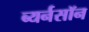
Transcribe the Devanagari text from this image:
ब्यर्नसॉन